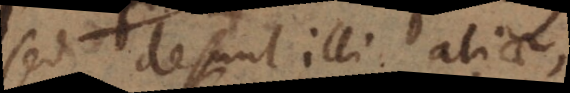
sed desunt illi aliae,